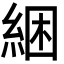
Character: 綑